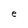
Character: e